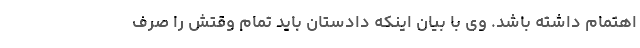
اهتمام داشته باشد. وی با بیان اینکه دادستان باید تمام وقتش را صرف